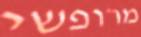
מרופשי